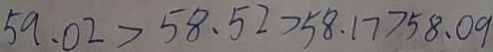
5 9 . 0 2 > 5 8 . 5 2 > 5 8 . 1 7 > 5 8 . 0 9